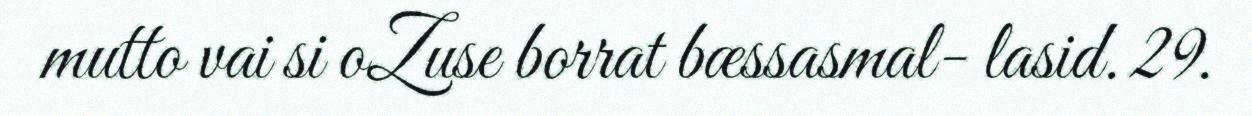
mutto vai si oZuse borrat bæssasmal- lasid. 29.